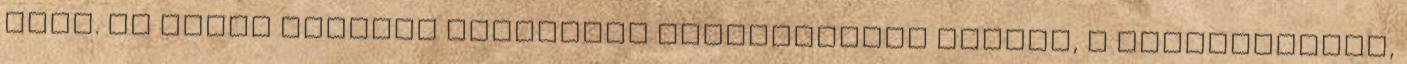
őket. Az egyik legjobb karaktere egyértelműen Angela, a füvesasszony,